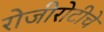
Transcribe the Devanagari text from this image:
रोजीरोटीचे